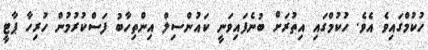
ހުކުމްގައިވެ އެވެ. ހުކުމްގައި އިތުރަށް ބުނެފައިވަނީ ކައުންސިލް އިންތިހާބު ފަސްކުރުމުން ހުރިހާ ޕާޓީ